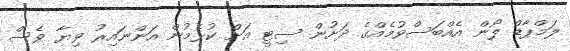
ލަމްޕާޑް ލޯން އެއްބަސްވުމެއްގެ ދަށުން ސިޓީ އަށް ކުޅެމުން އަންނައިރު ވިޔާ ވެސް